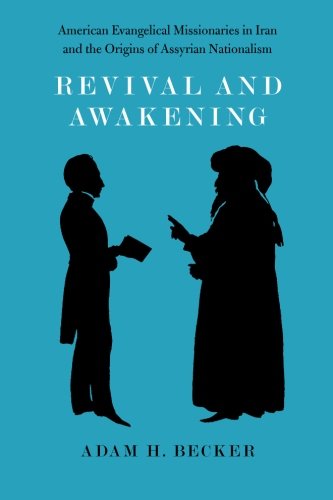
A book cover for Revival and Awakening: American Evangelical Missionaries in Iran and the Origins of Assyrian Nationalism; Adam H. Becker; History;